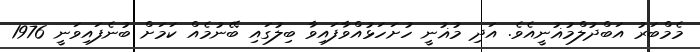
މެމްބަރު އަބްދުލްމުޣުނީއެވެ. އަދި މުޣުނީ ހުށަހަޅުއްވާފައިވާ ބިލުގައި ބޭނުމެއް ކަމަށް ބުނެފައިވަނީ 1976